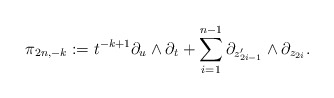
\begin{align*}\pi_{2n,-k} := t^{-k+1}\partial_u \wedge \partial_t + \sum_{i=1}^{n-1} \partial_{z_{2i-1}'} \wedge \partial_{z_{2i}}.\end{align*}